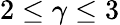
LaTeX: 2\leq\gamma\leq 3